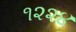
૧૨૨૪